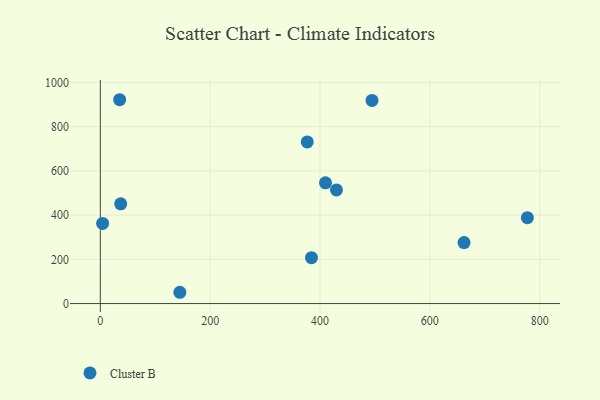
{"axis": {"x": "Price", "y": "Profit"}, "legend": ["Cluster B"], "data": [{"x": "4.2", "y": 362.3, "type": "Cluster B"}, {"x": "494.7", "y": 918.4, "type": "Cluster B"}, {"x": "410.0", "y": 545.9, "type": "Cluster B"}, {"x": "144.8", "y": 51.0, "type": "Cluster B"}, {"x": "376.8", "y": 730.9, "type": "Cluster B"}, {"x": "35.2", "y": 921.7, "type": "Cluster B"}, {"x": "662.3", "y": 275.6, "type": "Cluster B"}, {"x": "384.5", "y": 207.3, "type": "Cluster B"}, {"x": "430.0", "y": 513.8, "type": "Cluster B"}, {"x": "37.1", "y": 451.1, "type": "Cluster B"}, {"x": "777.6", "y": 388.3, "type": "Cluster B"}]}